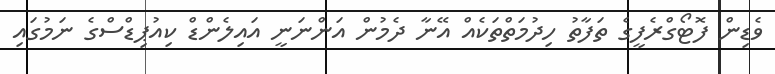
ވެޑިން ފޮޓޯގްރެފީގެ ތަފާތު ހިދުމަތްތަކެއް އޭނާ ދެމުން އަންނަނީ އައިލެންޑް ކިއުޕިޑްސްގެ ނަމުގައި